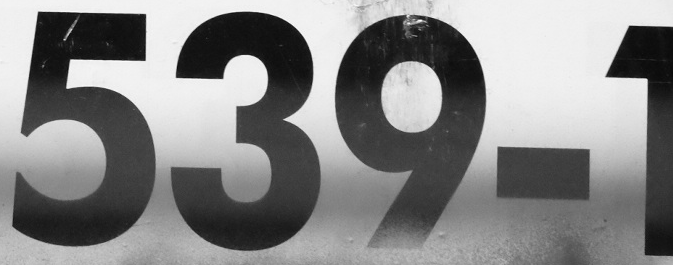
539-1